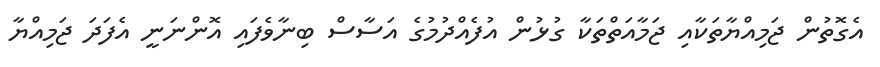
އެގޮތުން ޖަމިއްޔާތަކާއި ޖަމާއަތްތަކާ ގުޅުން އުފެއްދުމުގެ އަސާސް ބިނާވެފައި އޮންނަނީ އެފަދަ ޖަމިއްޔާ